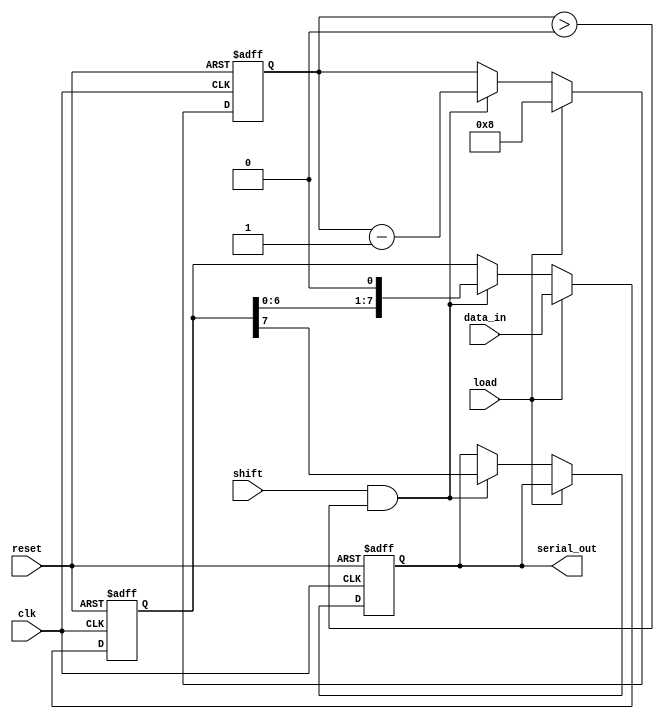
module dynamic_piso_register #(
    parameter WIDTH = 8 // Parameter for register width
)(
    input wire clk,           // Clock signal
    input wire reset,         // Reset signal
    input wire load,          // Load signal
    input wire shift,         // Shift signal
    input wire [WIDTH-1:0] data_in, // Parallel data input
    output reg serial_out     // Serial output
);

    // Internal register to hold the data
    reg [WIDTH-1:0] shift_reg;
    reg [3:0] bit_count; // Counter for the number of bits shifted out

    always @(posedge clk or posedge reset) begin
        if (reset) begin
            // Clear the shift register and output on reset
            shift_reg <= 0;
            serial_out <= 0;
            bit_count <= 0;
        end else if (load) begin
            // Load the data into the shift register
            shift_reg <= data_in;
            bit_count <= WIDTH; // Reset bit count to the width of the register
        end else if (shift && bit_count > 0) begin
            // Shift out the data serially
            serial_out <= shift_reg[WIDTH-1]; // Output the MSB
            shift_reg <= shift_reg << 1; // Shift left
            bit_count <= bit_count - 1; // Decrement the bit count
        end
    end

endmodule